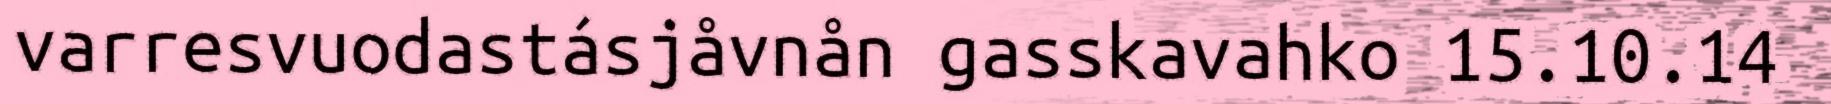
varresvuodastásjåvnån gasskavahko 15.10.14